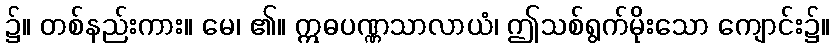
၌။ တစ်နည်းကား။ မေ၊ ၏။ ဣဓပဏ္ဏသာလာယံ၊ ဤသစ်ရွက်မိုးသော ကျောင်း၌။